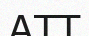
АТТ